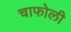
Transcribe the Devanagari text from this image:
चाफोली